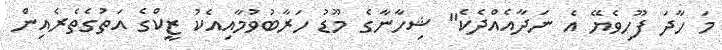
މަ ހާދަ ފޫހިވެޔޭ އެ ނަދާއެއްދެކެ" ޝިހާނާގެ މޫޑު ހަރާބުވުމާއިއެކު ޒީކްގެ އަތުގެތެރެއިން